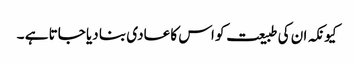
کیونکہ ان کی طبیعت کو اس کا عادی بنا دیا جاتا ہے ۔